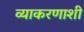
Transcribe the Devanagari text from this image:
व्याकरणाशी